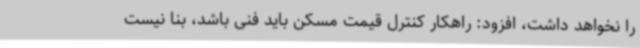
را نخواهد داشت، افزود: راهکار کنترل قیمت مسکن باید فنی باشد، بنا نیست